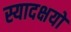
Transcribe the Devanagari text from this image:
स्यादक्षयो